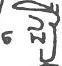
ជឿ